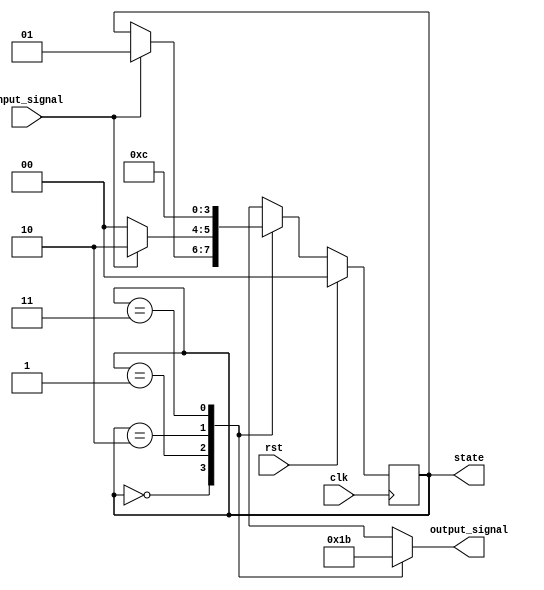
module moore_state_machine (
    input wire clk,                 // Clock signal
    input wire rst,                 // Synchronous reset signal
    input wire input_signal,        // Input signal affecting state transitions
    output reg [1:0] state,         // Current state (2 bits for 4 states)
    output reg [1:0] output_signal   // Output signal based on the current state
);

// State Encoding
localparam IDLE    = 2'b00;
localparam STATE1  = 2'b01;
localparam STATE2  = 2'b10;
localparam STATE3  = 2'b11;

// Next State Logic
reg [1:0] next_state;

// Synchronous Reset Logic
always @(posedge clk) begin
    if (rst) begin
        state <= IDLE;               // Reset to IDLE state
    end else begin
        state <= next_state;         // Update current state
    end
end

// Combinatorial Logic for Next State and Output Logic
always @(*) begin
    // Default assignments
    next_state = state;              // Hold the current state by default
    output_signal = 2'b00;           // Default output

    // State Transition Logic
    case (state)
        IDLE: begin
            output_signal = 2'b00; // Output for IDLE
            if (input_signal) 
                next_state = STATE1; // Transition to STATE1
        end
        
        STATE1: begin
            output_signal = 2'b01; // Output for STATE1
            if (input_signal)
                next_state = STATE2; // Transition to STATE2
            else
                next_state = IDLE;   // Transition back to IDLE
        end
        
        STATE2: begin
            output_signal = 2'b10; // Output for STATE2
            next_state = STATE3;    // Always transition to STATE3
        end
        
        STATE3: begin
            output_signal = 2'b11; // Output for STATE3
            next_state = IDLE;      // Transition back to IDLE
        end
        
        default: begin
            next_state = IDLE;      // Default case
            output_signal = 2'b00;  // Default output
        end
    endcase
end

endmodule